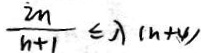
\frac { 2 n } { n + 1 } \leq \lambda ( n + 4 )